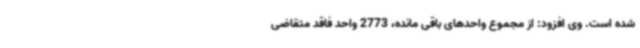
شده است. وی افزود: از مجموع واحدهای باقی مانده، 2773 واحد فاقد متقاضی